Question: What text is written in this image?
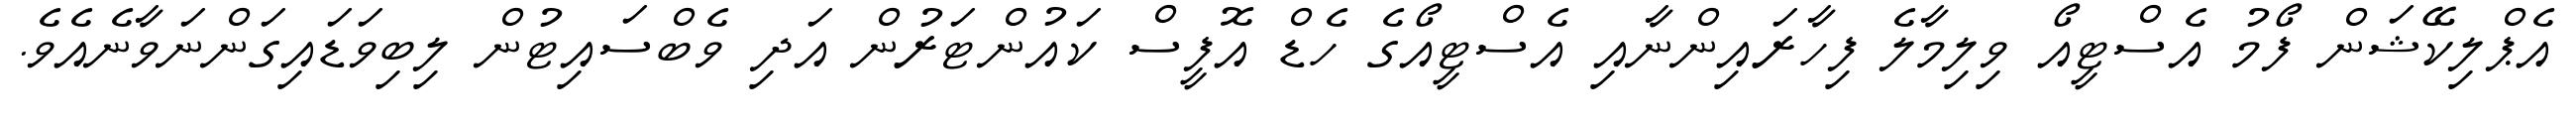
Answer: އެޕްލިކޭޝަން ފޯމު އެސްޓީއޯ ވިލިމާލެ ފިހާރައިންނާއި އެސްޓީއޯގެ ހެޑް އޮފީސް ކައުންޓަރުން އަދި ވެބްސައިޓުން ލިބިވަޑައިގަންނަވާނެއެވެ.